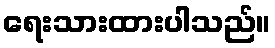
ရေးသားထားပါသည်။